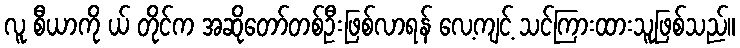
လူ စီယာကို ယ် တိုင်က အဆိုတော်တစ်ဦးဖြစ်လာရန် လေ့ကျင့် သင်ကြားထားသူဖြစ်သည်။